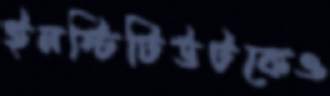
ইনস্টিটিউটকেও